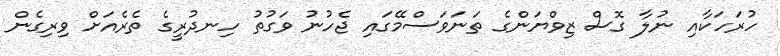
ހުރަހަކާއި ނުލާ ގޮސް ޒިވްޔަންގެ ތަނަވަސްމޭގައި ޖެހުނު ވަގުތު ހިނދުރީގެ ތެރެއަށް ވިރިގެން